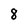
Character: 8